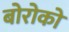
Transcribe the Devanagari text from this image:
बोरोको